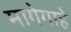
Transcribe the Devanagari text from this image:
मागेगाहे